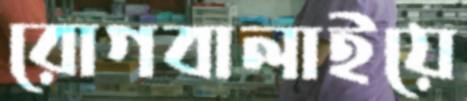
রোগবালাইয়ে